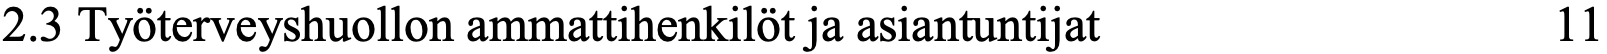
2.3 Työterveyshuollon ammattihenkilöt ja asiantuntijat 11